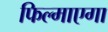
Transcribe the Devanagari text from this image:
फिल्माएगा